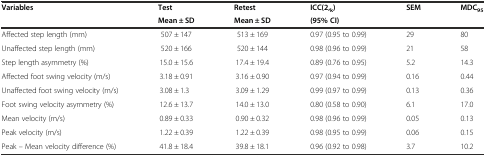
| <ROWSPAN=2> Variables | Test | Retest | ICC(2,k) | <ROWSPAN=2> SEM | <ROWSPAN=2> MDC95 |
 | Mean ± SD | Mean ± SD | (95% CI) |
 | --- | --- | --- | --- | --- | --- |
 | Affected step length (mm) | 507 ± 147 | 513 ± 169 | 0.97 (0.95 to 0.99) | 29 | 80 |
 | Unaffected step length (mm) | 520 ± 166 | 520 ± 144 | 0.98 (0.96 to 0.99) | 21 | 58 |
 | Step length asymmetry (%) | 15.0 ± 15.6 | 17.4 ± 19.4 | 0.89 (0.76 to 0.95) | 5.2 | 14.3 |
 | Affected foot swing velocity (m/s) | 3.18 ± 0.91 | 3.16 ± 0.90 | 0.97 (0.94 to 0.99) | 0.16 | 0.44 |
 | Unaffected foot swing velocity (m/s) | 3.08 ± 1.3 | 3.09 ± 1.29 | 0.99 (0.97 to 0.99) | 0.13 | 0.36 |
 | Foot swing velocity asymmetry (%) | 12.6 ± 13.7 | 14.0 ± 13.0 | 0.80 (0.58 to 0.90) | 6.1 | 17.0 |
 | Mean velocity (m/s) | 0.89 ± 0.33 | 0.90 ± 0.32 | 0.98 (0.96 to 0.99) | 0.05 | 0.13 |
 | Peak velocity (m/s) | 1.22 ± 0.39 | 1.22 ± 0.39 | 0.98 (0.95 to 0.99) | 0.06 | 0.15 |
 | Peak – Mean velocity difference (%) | 41.8 ± 18.4 | 39.8 ± 18.1 | 0.96 (0.92 to 0.98) | 3.7 | 10.2 |